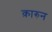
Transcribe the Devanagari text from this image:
क़ारुन